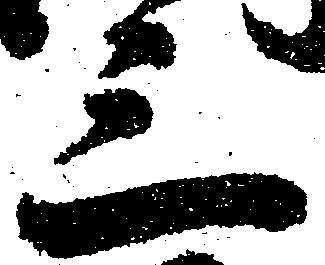
三